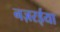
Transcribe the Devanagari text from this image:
नज़रईया